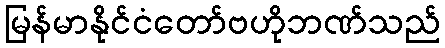
မြန်မာနိုင်ငံတော်ဗဟိုဘဏ်သည်